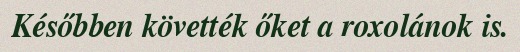
Későbben követték őket a roxolánok is.